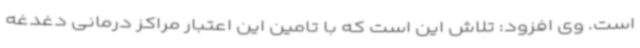
است. وی افزود: تلاش این است که با تامین این اعتبار مراکز درمانی دغدغه